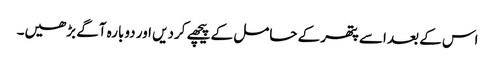
اس کے بعد اسے پتھر کے حامل کے پیچھے کردیں اور دوبارہ آگے بڑھیں۔